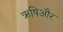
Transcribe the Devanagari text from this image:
ऋषिऔर